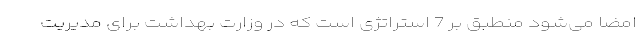
امضا می‌شود منطبق بر 7 استراتژی است که در وزارت بهداشت برای مدیریت